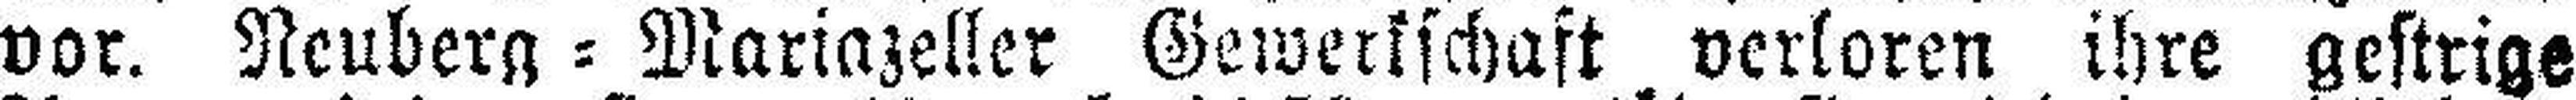
vor. Neuberg = Mariazeller Gewerkschaft verloren ihre gestrige